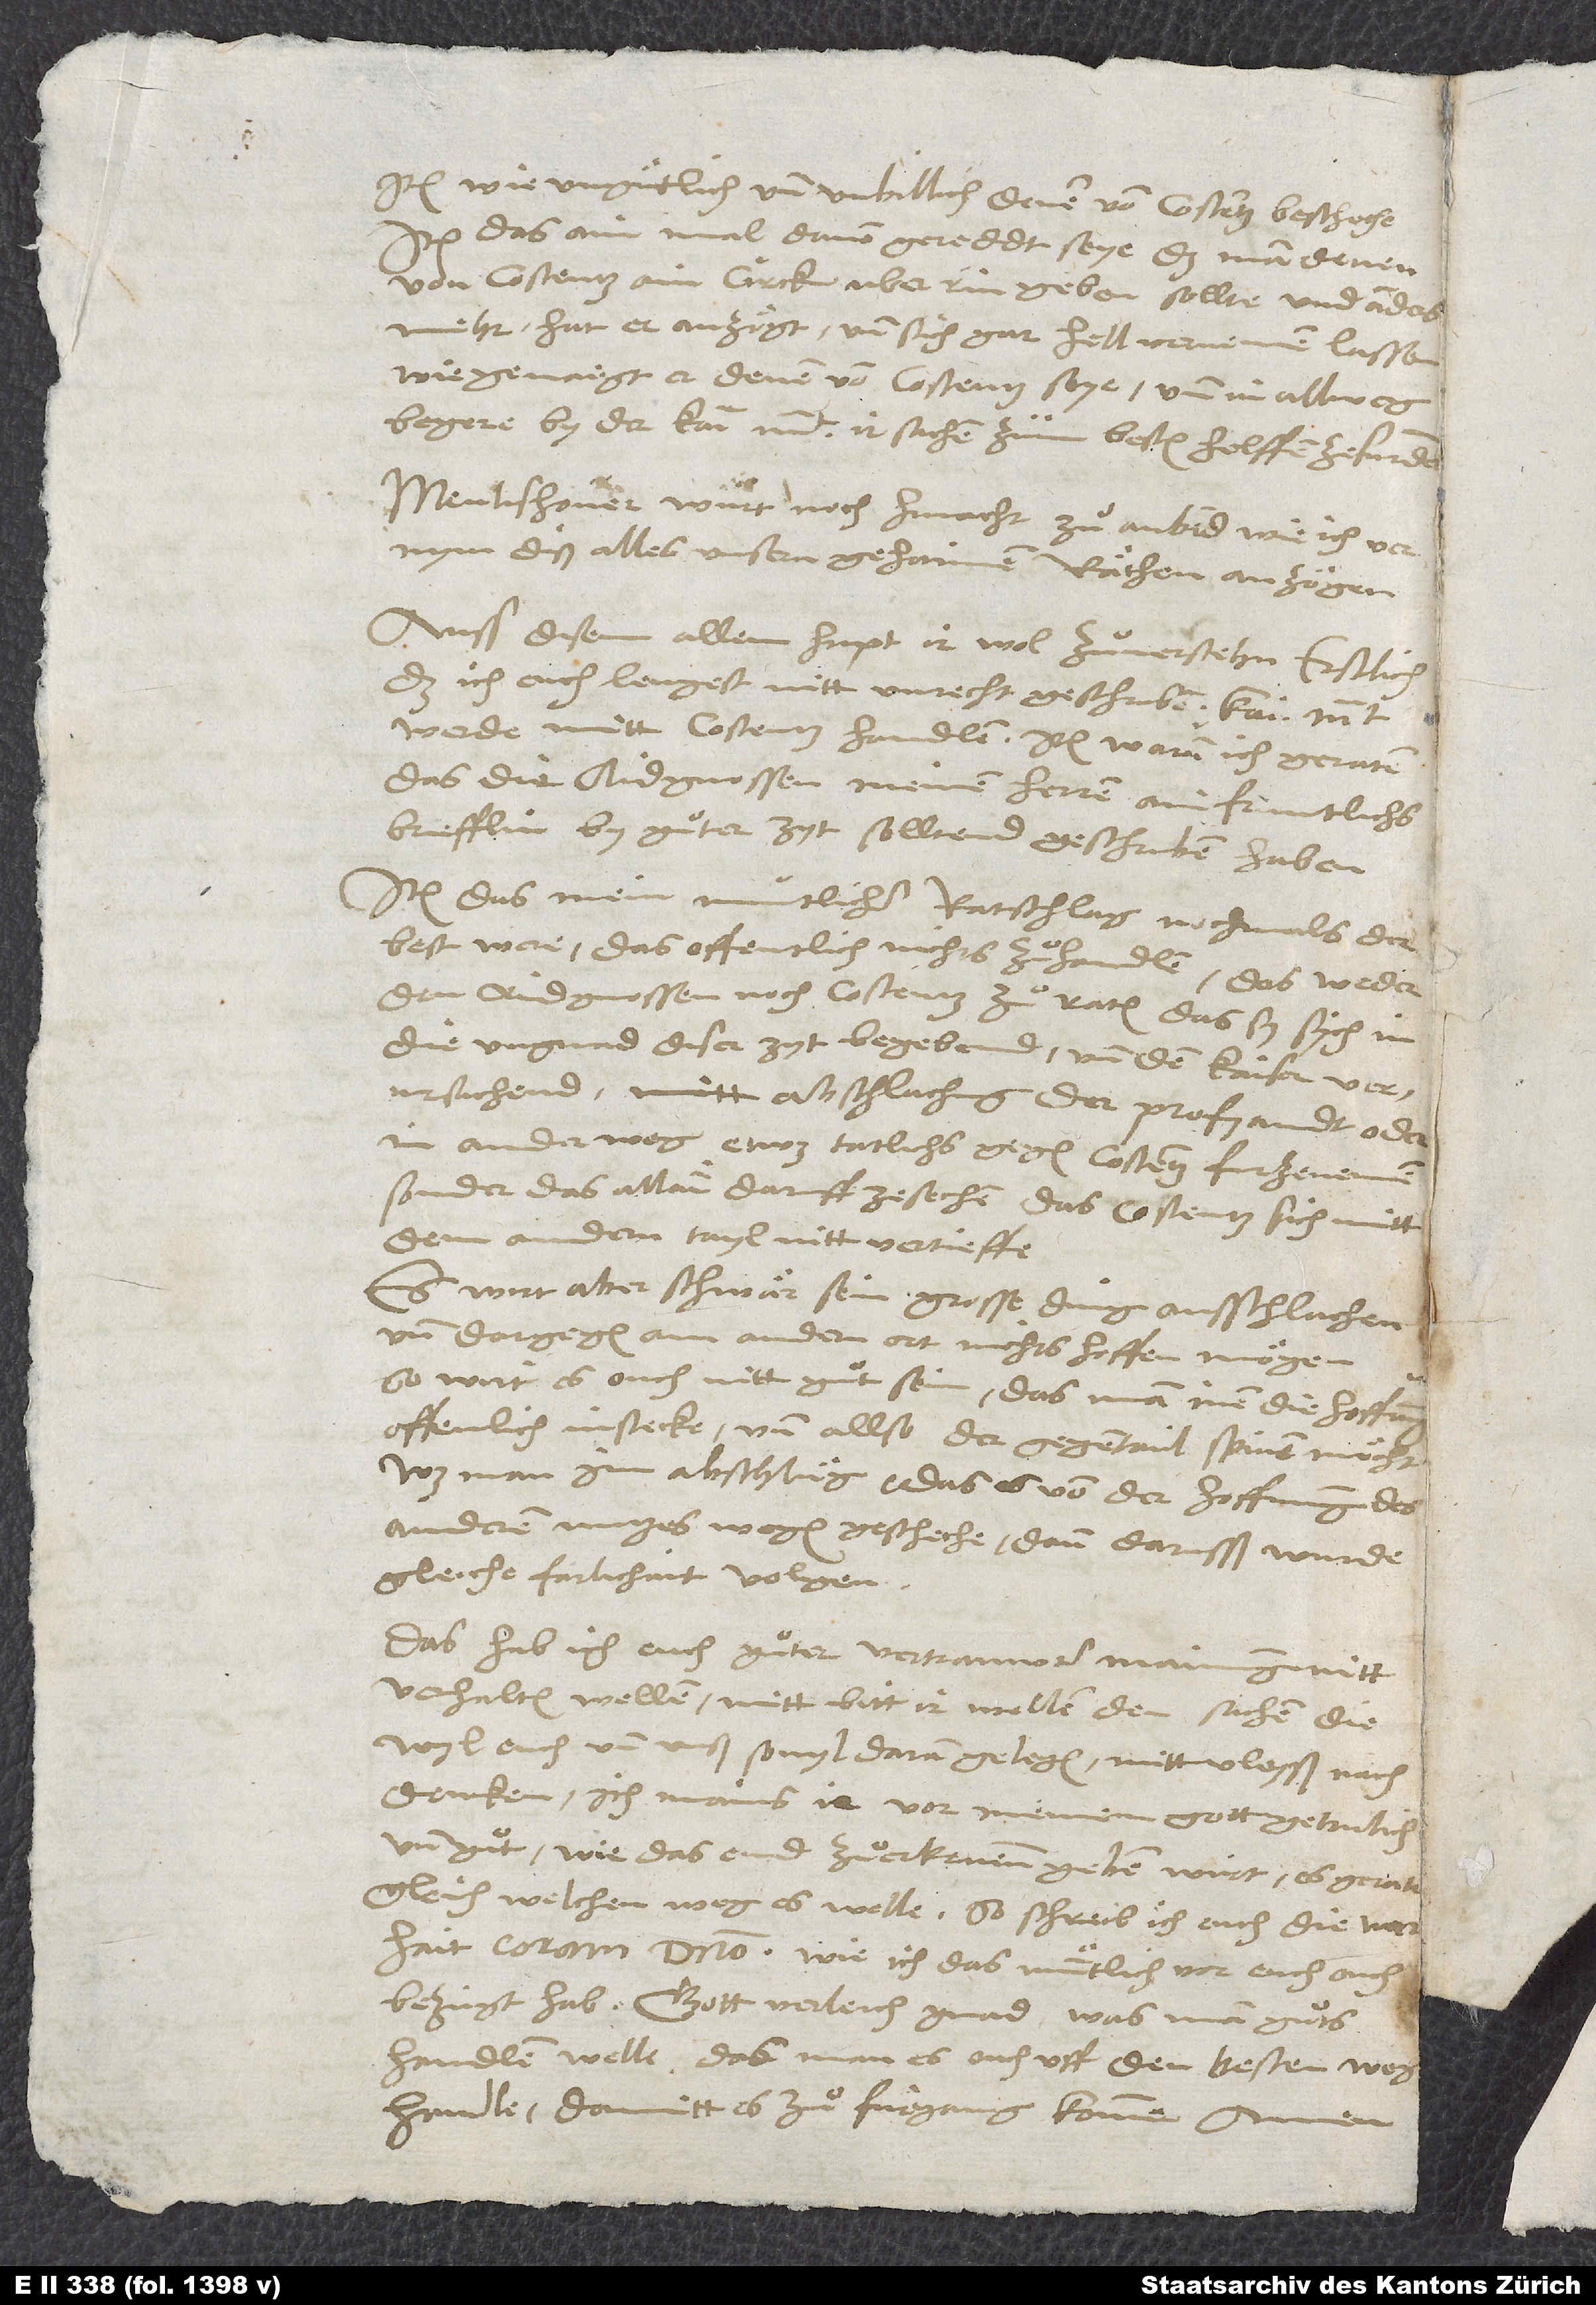
item wie ungütlich und unbillich denen von Costentz bescheche,
item das ain mal davon gereddt seye, das man denen
von Costentz ain circk uber Rin geben sollte, und andnym,
diß alles unsern gehaimen räthen anzögen.
Auss disem allem hapt ir wol zuͦverstehn, erst
handle, damitt es zuͦ fürgang komme. Amen.